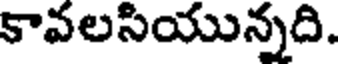
కావలసియున్నది.